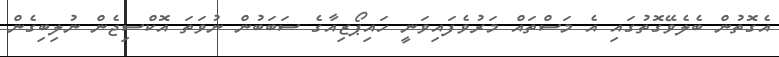
އެގޮތުން ބެލެވޭގޮތުގައި އެ މަސްތައް މަރުވެފައިވަނީ ހައިޕޯޒިއާގެ ސަބަބުން ނުވަތަ އޮކްސިޖެން ނުލިބިގެން